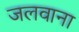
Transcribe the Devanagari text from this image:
जलवाना